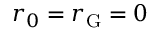
r _ { 0 } = r _ { \mathrm { G } } = 0